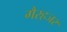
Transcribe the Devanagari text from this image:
गैरहजर